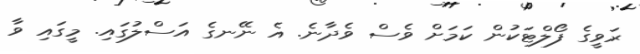
ރަވީގެ ފޯލްޓަކުން ކަމަށް ވެސް ވެދާނެ. އެ ނޭނގެ އަސްލުގައި. މީގައި ވާ